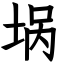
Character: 埚